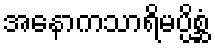
အနောကသာရိမပ္ပိစ္ဆံ